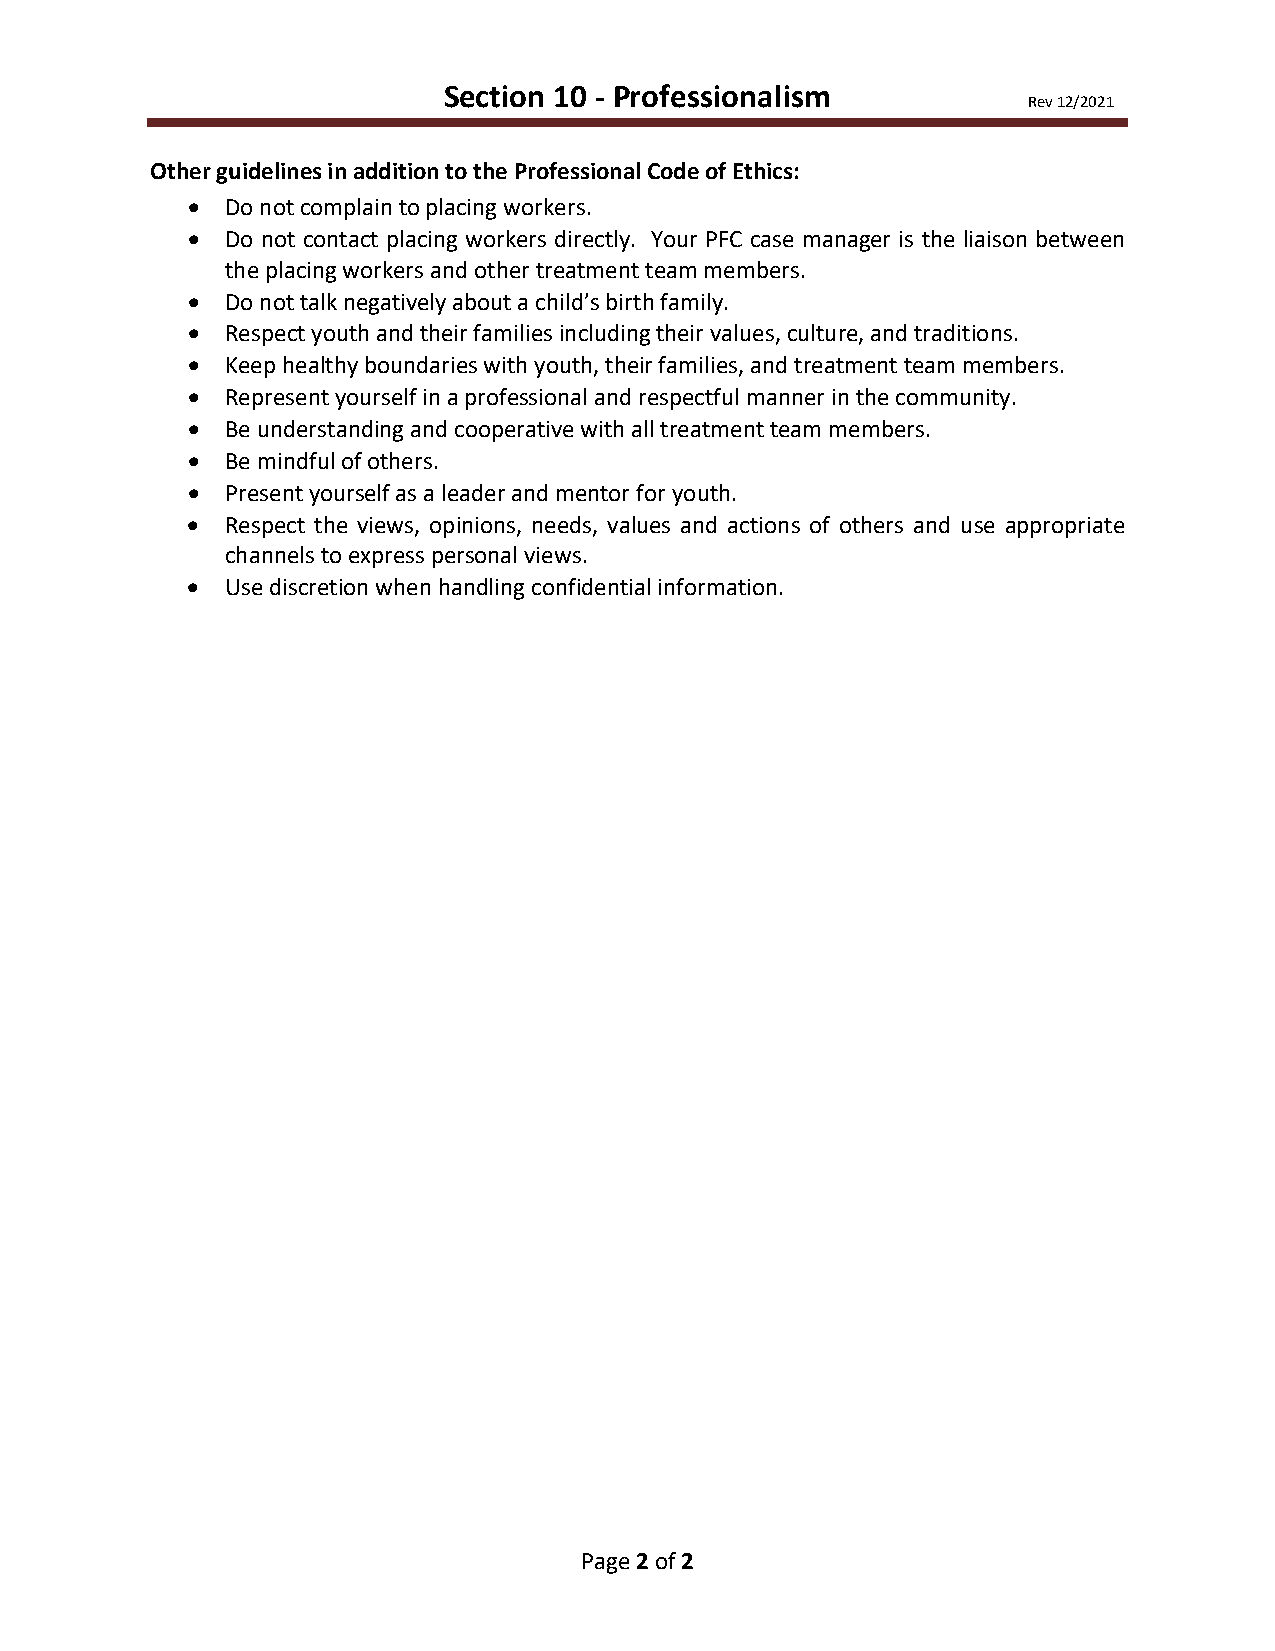
Section 10 - Professionalism
 Rev 12/2021
 Other guidelines in addition to the Professional Code of Ethics:
 •  Do not complain to placing workers.
 •  Do not contact placing workers directly. Your PFC case manager is the liaison between
 the placing workers and other treatment team members.
 •  Do not talk negatively about a child’s birth family.
 •  Respect youth and their families including their values, culture, and traditions.
 •  Keep healthy boundaries with youth, their families, and treatment team members.
 •  Represent yourself in a professional and respectful manner in the community.
 •  Be understanding and cooperative with all treatment team members.
 •  Be mindful of others.
 •  Present yourself as a leader and mentor for youth.
 •  Respect the views, opinions, needs, values and actions of others and use appropriate
 channels to express personal views.
 •  Use discretion when handling confidential information.
 Page 2 of 2